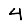
Digit: 4